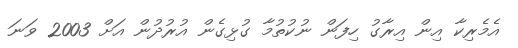
އެމެރިކާ އިން އިރާގު ހިފަން ނުކުތުމާ ގުޅިގެން އުރުދުން އަށް 2003 ވަނަ